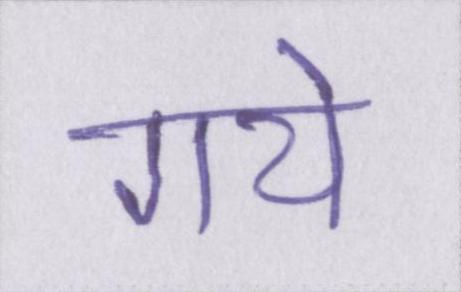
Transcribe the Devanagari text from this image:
गये